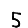
Digit: 5